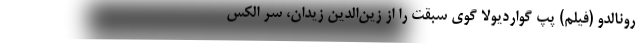
رونالدو (فیلم) پپ گواردیولا گوی سبقت را از زین‌الدین زیدان، سر الکس